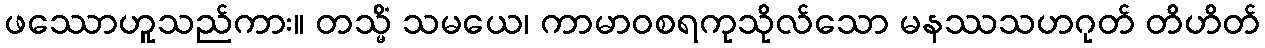
ဖဿောဟူသည်ကား။ တသ္မိံ သမယေ၊ ကာမာဝစရကုသိုလ်သော မနဿသဟဂုတ် တိဟိတ်